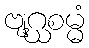
ဗျဂ္ဃစမ္မံ